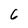
Character: 6